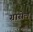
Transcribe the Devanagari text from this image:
ग्रासेल